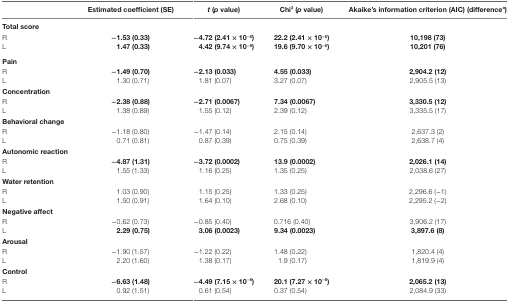
<table><thead><tr><td></td><td><b>Estimated coefficient (SE)</b></td><td><b><i>t</i> (<i>p</i> value)</b></td><td><b>Chi<sup>2</sup> (<i>p</i> value)</b></td><td><b>Akaike’s information criterion (AIC) (difference<sup>a</sup>)</b></td></tr></thead><tbody><tr><td><b>Total score</b></td><td></td><td></td><td></td><td></td></tr><tr><td>R</td><td><b>−1.53 (0.33)</b></td><td><b>−4.72 (2.41 × 10<sup>−6</sup>)</b></td><td><b>22.2 (2.41 × 10<sup>−6</sup>)</b></td><td><b>10,198 (73)</b></td></tr><tr><td>L</td><td><b>1.47 (0.33)</b></td><td><b>4.42 (9.74 × 10<sup>−6</sup>)</b></td><td><b>19.6 (9.70 × 10<sup>−6</sup>)</b></td><td><b>10,201 (76)</b></td></tr><tr><td><b>Pain</b></td><td></td><td></td><td></td><td></td></tr><tr><td>R</td><td><b>−1.49 (0.70)</b></td><td><b>−2.13 (0.033)</b></td><td><b>4.55 (0.033)</b></td><td><b>2,904.2 (12)</b></td></tr><tr><td>L</td><td>1.30 (0.71)</td><td>1.81 (0.07)</td><td>3.27 (0.07)</td><td>2,905.5 (13)</td></tr><tr><td><b>Concentration</b></td><td></td><td></td><td></td><td></td></tr><tr><td>R</td><td><b>−2.38 (0.88)</b></td><td><b>−2.71 (0.0067)</b></td><td><b>7.34 (0.0067)</b></td><td><b>3,330.5 (12)</b></td></tr><tr><td>L</td><td>1.38 (0.89)</td><td>1.55 (0.12)</td><td>2.39 (0.12)</td><td>3,335.5 (17)</td></tr><tr><td><b>Behavioral change</b></td><td></td><td></td><td></td><td></td></tr><tr><td>R</td><td>−1.18 (0.80)</td><td>−1.47 (0.14)</td><td>2.15 (0.14)</td><td>2,637.3 (2)</td></tr><tr><td>L</td><td>0.71 (0.81)</td><td>0.87 (0.39)</td><td>0.75 (0.39)</td><td>2,638.7 (4)</td></tr><tr><td><b>Autonomic reaction</b></td><td></td><td></td><td></td><td></td></tr><tr><td>R</td><td><b>−4.87 (1.31)</b></td><td><b>−3.72 (0.0002)</b></td><td><b>13.9 (0.0002)</b></td><td><b>2,026.1 (14)</b></td></tr><tr><td>L</td><td>1.55 (1.33)</td><td>1.16 (0.25)</td><td>1.35 (0.25)</td><td>2,038.6 (27)</td></tr><tr><td><b>Water retention</b></td><td></td><td></td><td></td><td></td></tr><tr><td>R</td><td>1.03 (0.90)</td><td>1.15 (0.25)</td><td>1.33 (0.25)</td><td>2,296.6 (−1)</td></tr><tr><td>L</td><td>1.50 (0.91)</td><td>1.64 (0.10)</td><td>2.68 (0.10)</td><td>2,295.2 (−2)</td></tr><tr><td><b>Negative affect</b></td><td></td><td></td><td></td><td></td></tr><tr><td>R</td><td>−0.62 (0.73)</td><td>−0.85 (0.40)</td><td>0.716 (0.40)</td><td>3,906.2 (17)</td></tr><tr><td>L</td><td><b>2.29 (0.75)</b></td><td><b>3.06 (0.0023)</b></td><td><b>9.34 (0.0023)</b></td><td><b>3,897.6 (8)</b></td></tr><tr><td><b>Arousal</b></td><td></td><td></td><td></td><td></td></tr><tr><td>R</td><td>−1.90 (1.57)</td><td>−1.22 (0.22)</td><td>1.48 (0.22)</td><td>1,820.4 (4)</td></tr><tr><td>L</td><td>2.20 (1.60)</td><td>1.38 (0.17)</td><td>1.9 (0.17)</td><td>1,819.9 (4)</td></tr><tr><td><b>Control</b></td><td></td><td></td><td></td><td></td></tr><tr><td>R</td><td><b>−6.63 (1.48)</b></td><td><b>−4.49 (7.15 × 10<sup>−6</sup>)</b></td><td><b>20.1 (7.27 × 10<sup>−6</sup>)</b></td><td><b>2,065.2 (13)</b></td></tr><tr><td>L</td><td>0.92 (1.51)</td><td>0.61 (0.54)</td><td>0.37 (0.54)</td><td>2,084.9 (33)</td></tr></tbody></table>